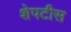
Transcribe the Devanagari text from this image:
शेपटीस